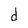
Character: d